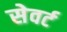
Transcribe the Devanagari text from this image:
सेवर्ट